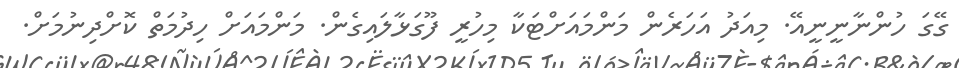
ގޭގަ ހުންނާނީނީއޭ. މިއަދު އަހަރެން މަންމައަށްޓަކާ މިހުރީ ފޫގަޅާލައިގެން. މަންމައަށް ހިދުމަތް ކޮށްދިނުމަށް.